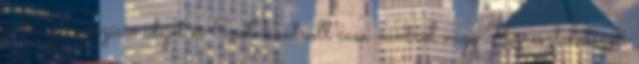
kell az expozíció idejét és Eset-kontroll case-control vagy Keresztmetszeti